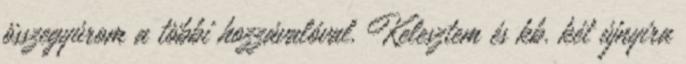
összegyúrom a többi hozzávalóval. Kelesztem és kb. két újnyira